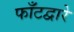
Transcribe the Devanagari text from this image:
फाँटद्वारे